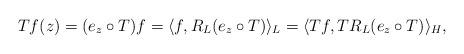
LaTeX: \begin{align*}&&Tf(z) &= (e_z\circ T)f = \langle f, R_L(e_z\circ T)\rangle_L =\langle Tf, TR_L(e_z\circ T)\rangle_H, \end{align*}